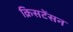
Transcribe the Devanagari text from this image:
क्रिसटेंसन